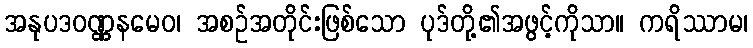
အနုပဒဝဏ္ဏနမေဝ၊ အစဉ်အတိုင်းဖြစ်သော ပုဒ်တို့၏အဖွင့်ကိုသာ။ ကရိဿာမ၊